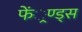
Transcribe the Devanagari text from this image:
फें्रण्ड्स